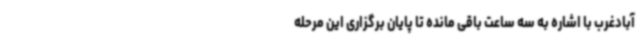
آبادغرب با اشاره به سه ساعت باقی مانده تا پایان برگزاری این مرحله